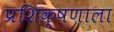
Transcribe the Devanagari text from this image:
प्रशिक्षणाला